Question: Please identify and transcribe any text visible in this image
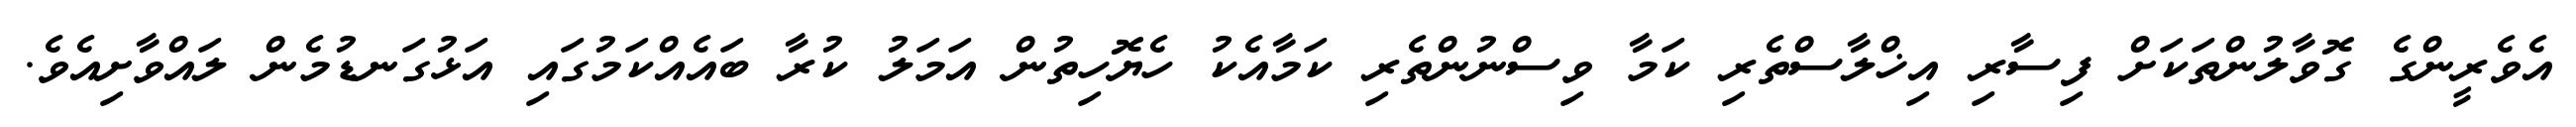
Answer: އެވެރީންގެ ގޮވާލުންތަކަށް ފިސާރި އިޚްލާސްތެރި ކަމާ ވިސްނުންތެރި ކަމާއެކު ހެޔޮހިތުން އަމަލު ކުރާ ބައެއްކަމުގައި އަޅުގަނޑުމެން ލައްވާށިއެވެ.